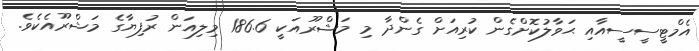
އެމްޓީސީސީއާއި ޙަވާލުކޮށްގެން ކުރިއަށް ގެންދާ މި މަޝްރޫއަކީ 186.6 މިލިއަން ރުފިޔާގެ މަޝްރޫއެކެވެ.